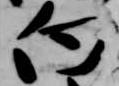
向